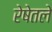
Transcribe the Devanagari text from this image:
रेषेतले